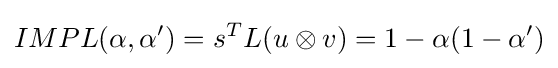
IMPL(\alpha ,\alpha ')=s^{T}L(u\otimes v)=1-\alpha (1-\alpha ')